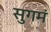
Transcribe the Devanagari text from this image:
सुगमं